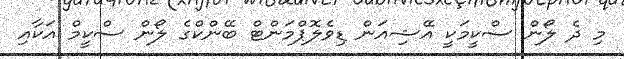
މި ދެ ލޯން ސްކީމަކީ އޭޝިއަން ޑިވެލޮޕްމަންޓް ބޭންކްގެ ލޯން ސްކީމް އަކާއި